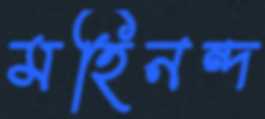
মহিনন্দ